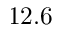
1 2 . 6